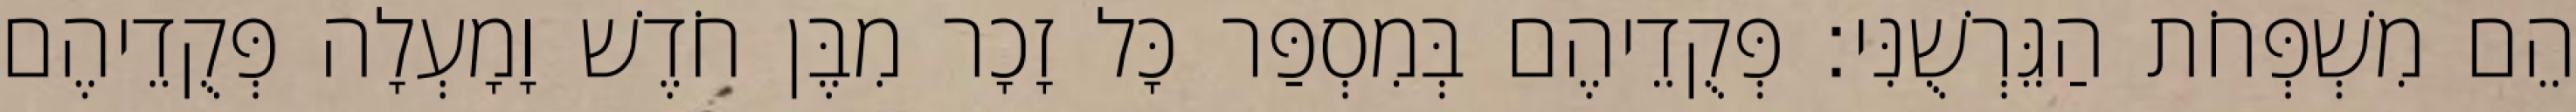
הֵם מִשְׁפְּחֹת הַגֵּרְשֻׁנִּי׃ פְּקֻדֵיהֶם בְּמִסְפַּר כָּל זָכָר מִבֶּן חֹדֶשׁ וָמָעְלָה פְּקֻדֵיהֶם